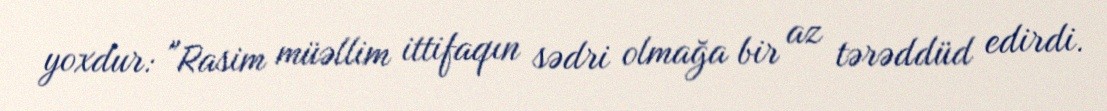
yoxdur: "Rasim müəllim ittifaqın sədri olmağa bir az tərəddüd edirdi.